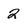
Character: 2